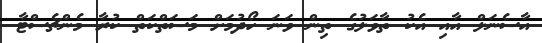
އާސެނަލް އާއި އެކު ތާވަލުގެ ތިން ވަނަ ހޯދުމަށް މަސަތްކަތް ކުރާ މެންޗެސްޓާ